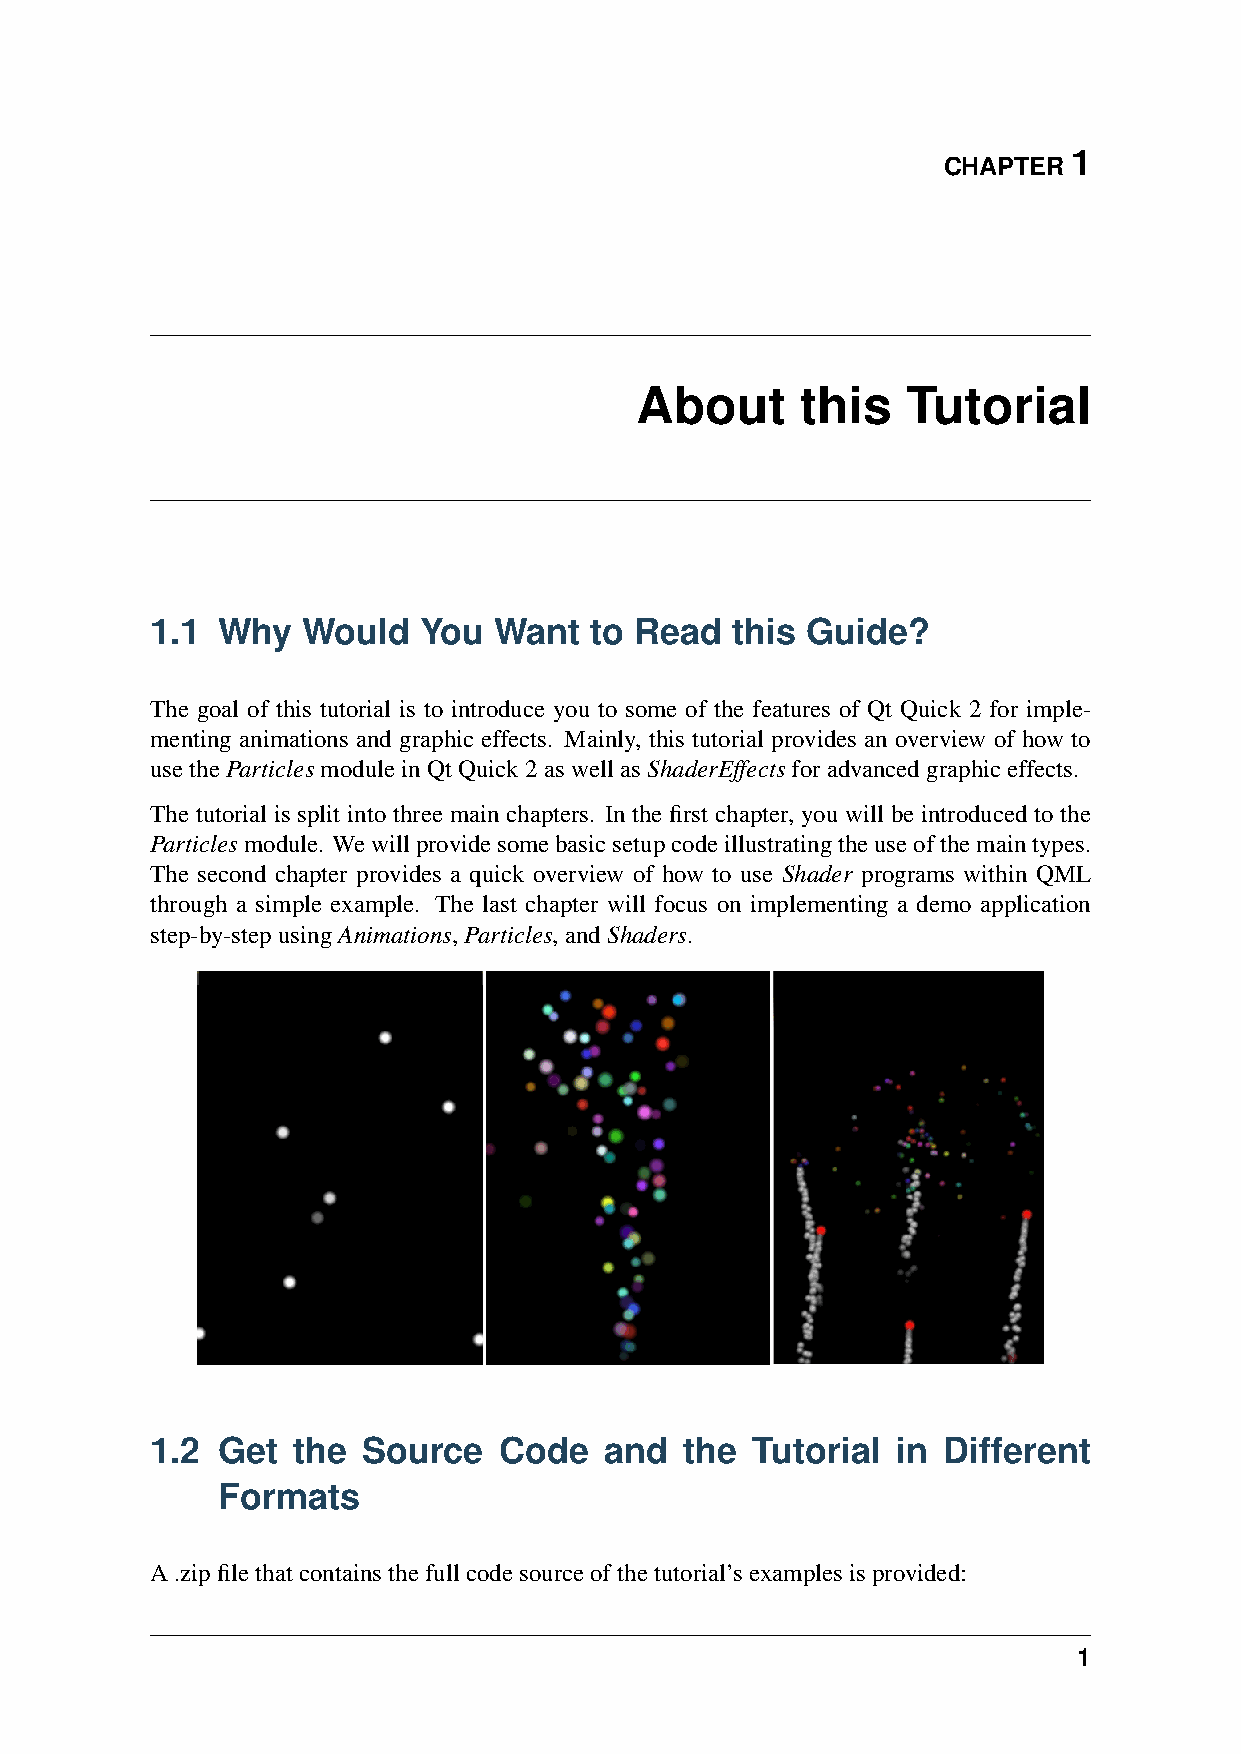
1
 CHAPTER
 About      this   Tutorial
 1.1 Why   Would   You  Want  to Read  this Guide?
 The goal of this tutorial is to introduce you to some of the features of Qt Quick 2 for imple-
 menting animations and graphic effects. Mainly, this tutorial provides an overview of how to
 usetheParticlesmoduleinQtQuick2aswellasShaderEffectsforadvancedgraphiceffects.
 The tutorial is split into three main chapters. In the first chapter, you will be introduced to the
 Particlesmodule. Wewillprovidesomebasicsetupcodeillustratingtheuseofthemaintypes.
 The second chapter provides a quick overview of how to use Shader programs within QML
 through a simple example. The last chapter will focus on implementing a demo application
 step-by-stepusingAnimations,Particles,andShaders.
 1.2 Get  the  Source   Code   and  the  Tutorial in Different
 Formats
 A.zipfilethatcontainsthefullcodesourceofthetutorial’sexamplesisprovided:
 1